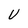
Character: U